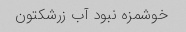
خوشمزه نبود آب زرشکتون